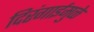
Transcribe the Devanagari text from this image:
दिरंगाईमुळे